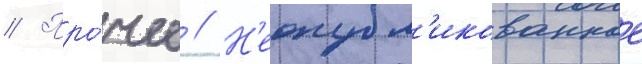
// Про́чее // Н'еопубл'икованное